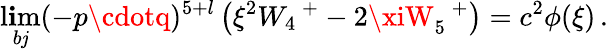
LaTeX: \operatorname*{l\mathbf{i}m}_{b\mathit{j}}(-p\cdotq)^{5+l}\left(\xi^{2}W_{4}\, ^{+}-2\xiW_{5}\, ^{+}\right)=c^{2}\phi(\xi)\, .